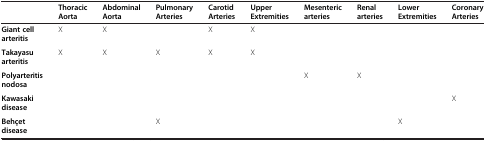
|  | Thoracic Aorta | Abdominal Aorta | Pulmonary Arteries | Carotid Arteries | Upper Extremities | Mesenteric arteries | Renal arteries | Lower Extremities | Coronary Arteries |
 | --- | --- | --- | --- | --- | --- | --- | --- | --- | --- |
 | Giant cell arteritis | X | X |  | X | X |  |  |  |  |
 | Takayasu arteritis | X | X | X | X | X |  |  |  |  |
 | Polyarteritis nodosa |  |  |  |  |  | X | X |  |  |
 | Kawasaki disease |  |  |  |  |  |  |  |  | X |
 | Behçet disease |  |  | X |  |  |  |  | X |  |